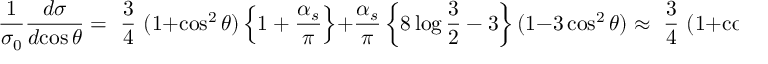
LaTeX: \frac 1 { \sigma _ { 0 } } \frac { d \sigma } { d \! \cos \theta } = \mathrm { ~ \frac 3 4 ~ } ( 1 + \cos ^ { 2 } \theta ) \left\{ 1 + \frac { \alpha _ { s } } { \pi } \right\} + \frac { \alpha _ { s } } { \pi } \left\{ 8 \log \frac 3 2 - 3 \right\} ( 1 - 3 \cos ^ { 2 } \theta ) \approx \mathrm { ~ \frac 3 4 ~ } ( 1 + \cos ^ { 2 } \theta ) + \frac { \alpha _ { s } } { \pi } ,